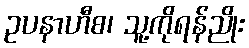
ဥပနာဟီစ၊ သူ့ကိုရန်ညိုး